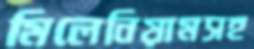
মিলেনিয়ামসহ